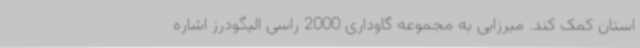
استان کمک کند. میرزایی به مجموعه گاوداری 2000 راسی الیگودرز اشاره